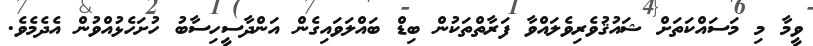
ވީމާ މި މަސައްކަތަށް ޝައުޤުވެރިވެލައްވާ ފަރާތްތަކުން ބިޑް ބައްލަވައިގެން އަންދާސީހިސާބު ހުށަހެޅުއްވުން އެދެމެވެ.